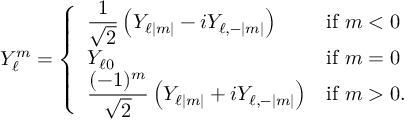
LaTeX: Y _ { \ell } ^ { m } = { \left\{ \begin{array} { l l } { \displaystyle { \frac { 1 } { \sqrt { 2 } } } \left( Y _ { \ell | m | } - i Y _ { \ell , - | m | } \right) } & { { \mathrm { i f } } \ m < 0 } \\ { \displaystyle Y _ { \ell 0 } } & { { \mathrm { i f } } \ m = 0 } \\ { \displaystyle { \frac { ( - 1 ) ^ { m } } { \sqrt { 2 } } } \left( Y _ { \ell | m | } + i Y _ { \ell , - | m | } \right) } & { { \mathrm { i f } } \ m > 0 . } \end{array} \right. }